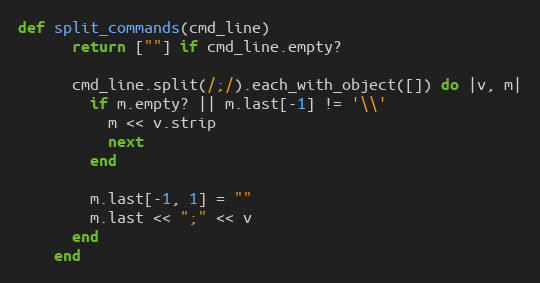
Language: Ruby
def split_commands(cmd_line)
      return [""] if cmd_line.empty?

      cmd_line.split(/;/).each_with_object([]) do |v, m|
        if m.empty? || m.last[-1] != '\\'
          m << v.strip
          next
        end

        m.last[-1, 1] = ""
        m.last << ";" << v
      end
    end